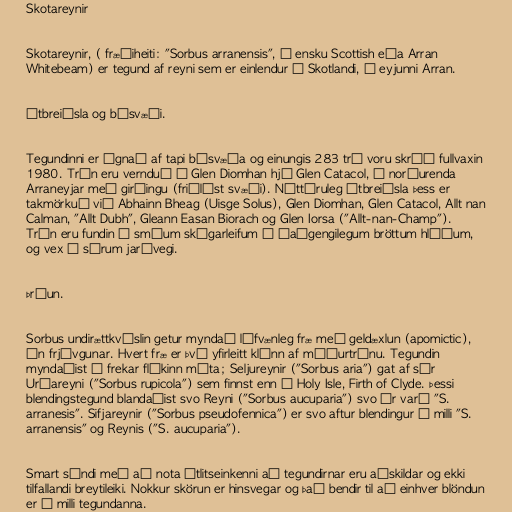
Skotareynir

Skotareynir, ( fræðiheiti: "Sorbus arranensis", á ensku Scottish eða Arran
Whitebeam) er tegund af reyni sem er einlendur í Skotlandi, á eyjunni Arran.

Útbreiðsla og búsvæði.

Tegundinni er ógnað af tapi búsvæða og einungis 283 tré voru skráð fullvaxin
1980. Trén eru vernduð í Glen Diomhan hjá Glen Catacol, á norðurenda
Arraneyjar með girðingu (friðlýst svæði). Náttúruleg útbreiðsla þess er
takmörkuð við Abhainn Bheag (Uisge Solus), Glen Diomhan, Glen Catacol, Allt nan
Calman, "Allt Dubh", Gleann Easan Biorach og Glen Iorsa ("Allt-nan-Champ").
Trén eru fundin í smáum skógarleifum á óaðgengilegum bröttum hlíðum,
og vex í súrum jarðvegi.

Þróun.

Sorbus undirættkvíslin getur myndað lífvænleg fræ með geldæxlun (apomictic),
án frjóvgunar. Hvert fræ er því yfirleitt klónn af móðurtrénu. Tegundin
myndaðist á frekar flókinn máta; Seljureynir ("Sorbus aria") gat af sér
Urðareyni ("Sorbus rupicola") sem finnst enn á Holy Isle, Firth of Clyde. Þessi
blendingstegund blandaðist svo Reyni ("Sorbus aucuparia") svo úr varð "S.
arranesis". Sifjareynir ("Sorbus pseudofennica") er svo aftur blendingur á milli "S.
arranensis" og Reynis ("S. aucuparia").

Smart sýndi með að nota útlitseinkenni að tegundirnar eru aðskildar og ekki
tilfallandi breytileiki. Nokkur skörun er hinsvegar og það bendir til að einhver blöndun
er á milli tegundanna.